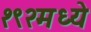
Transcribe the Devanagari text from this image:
१९२मध्ये